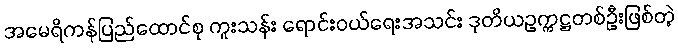
အမေရိကန်ပြည်ထောင်စု ကူးသန်း ရောင်းဝယ်ရေးအသင်း ဒုတိယဥက္ကဋ္ဌတစ်ဦးဖြစ်တဲ့